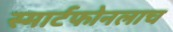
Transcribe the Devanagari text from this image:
स्मार्टफोनलाच